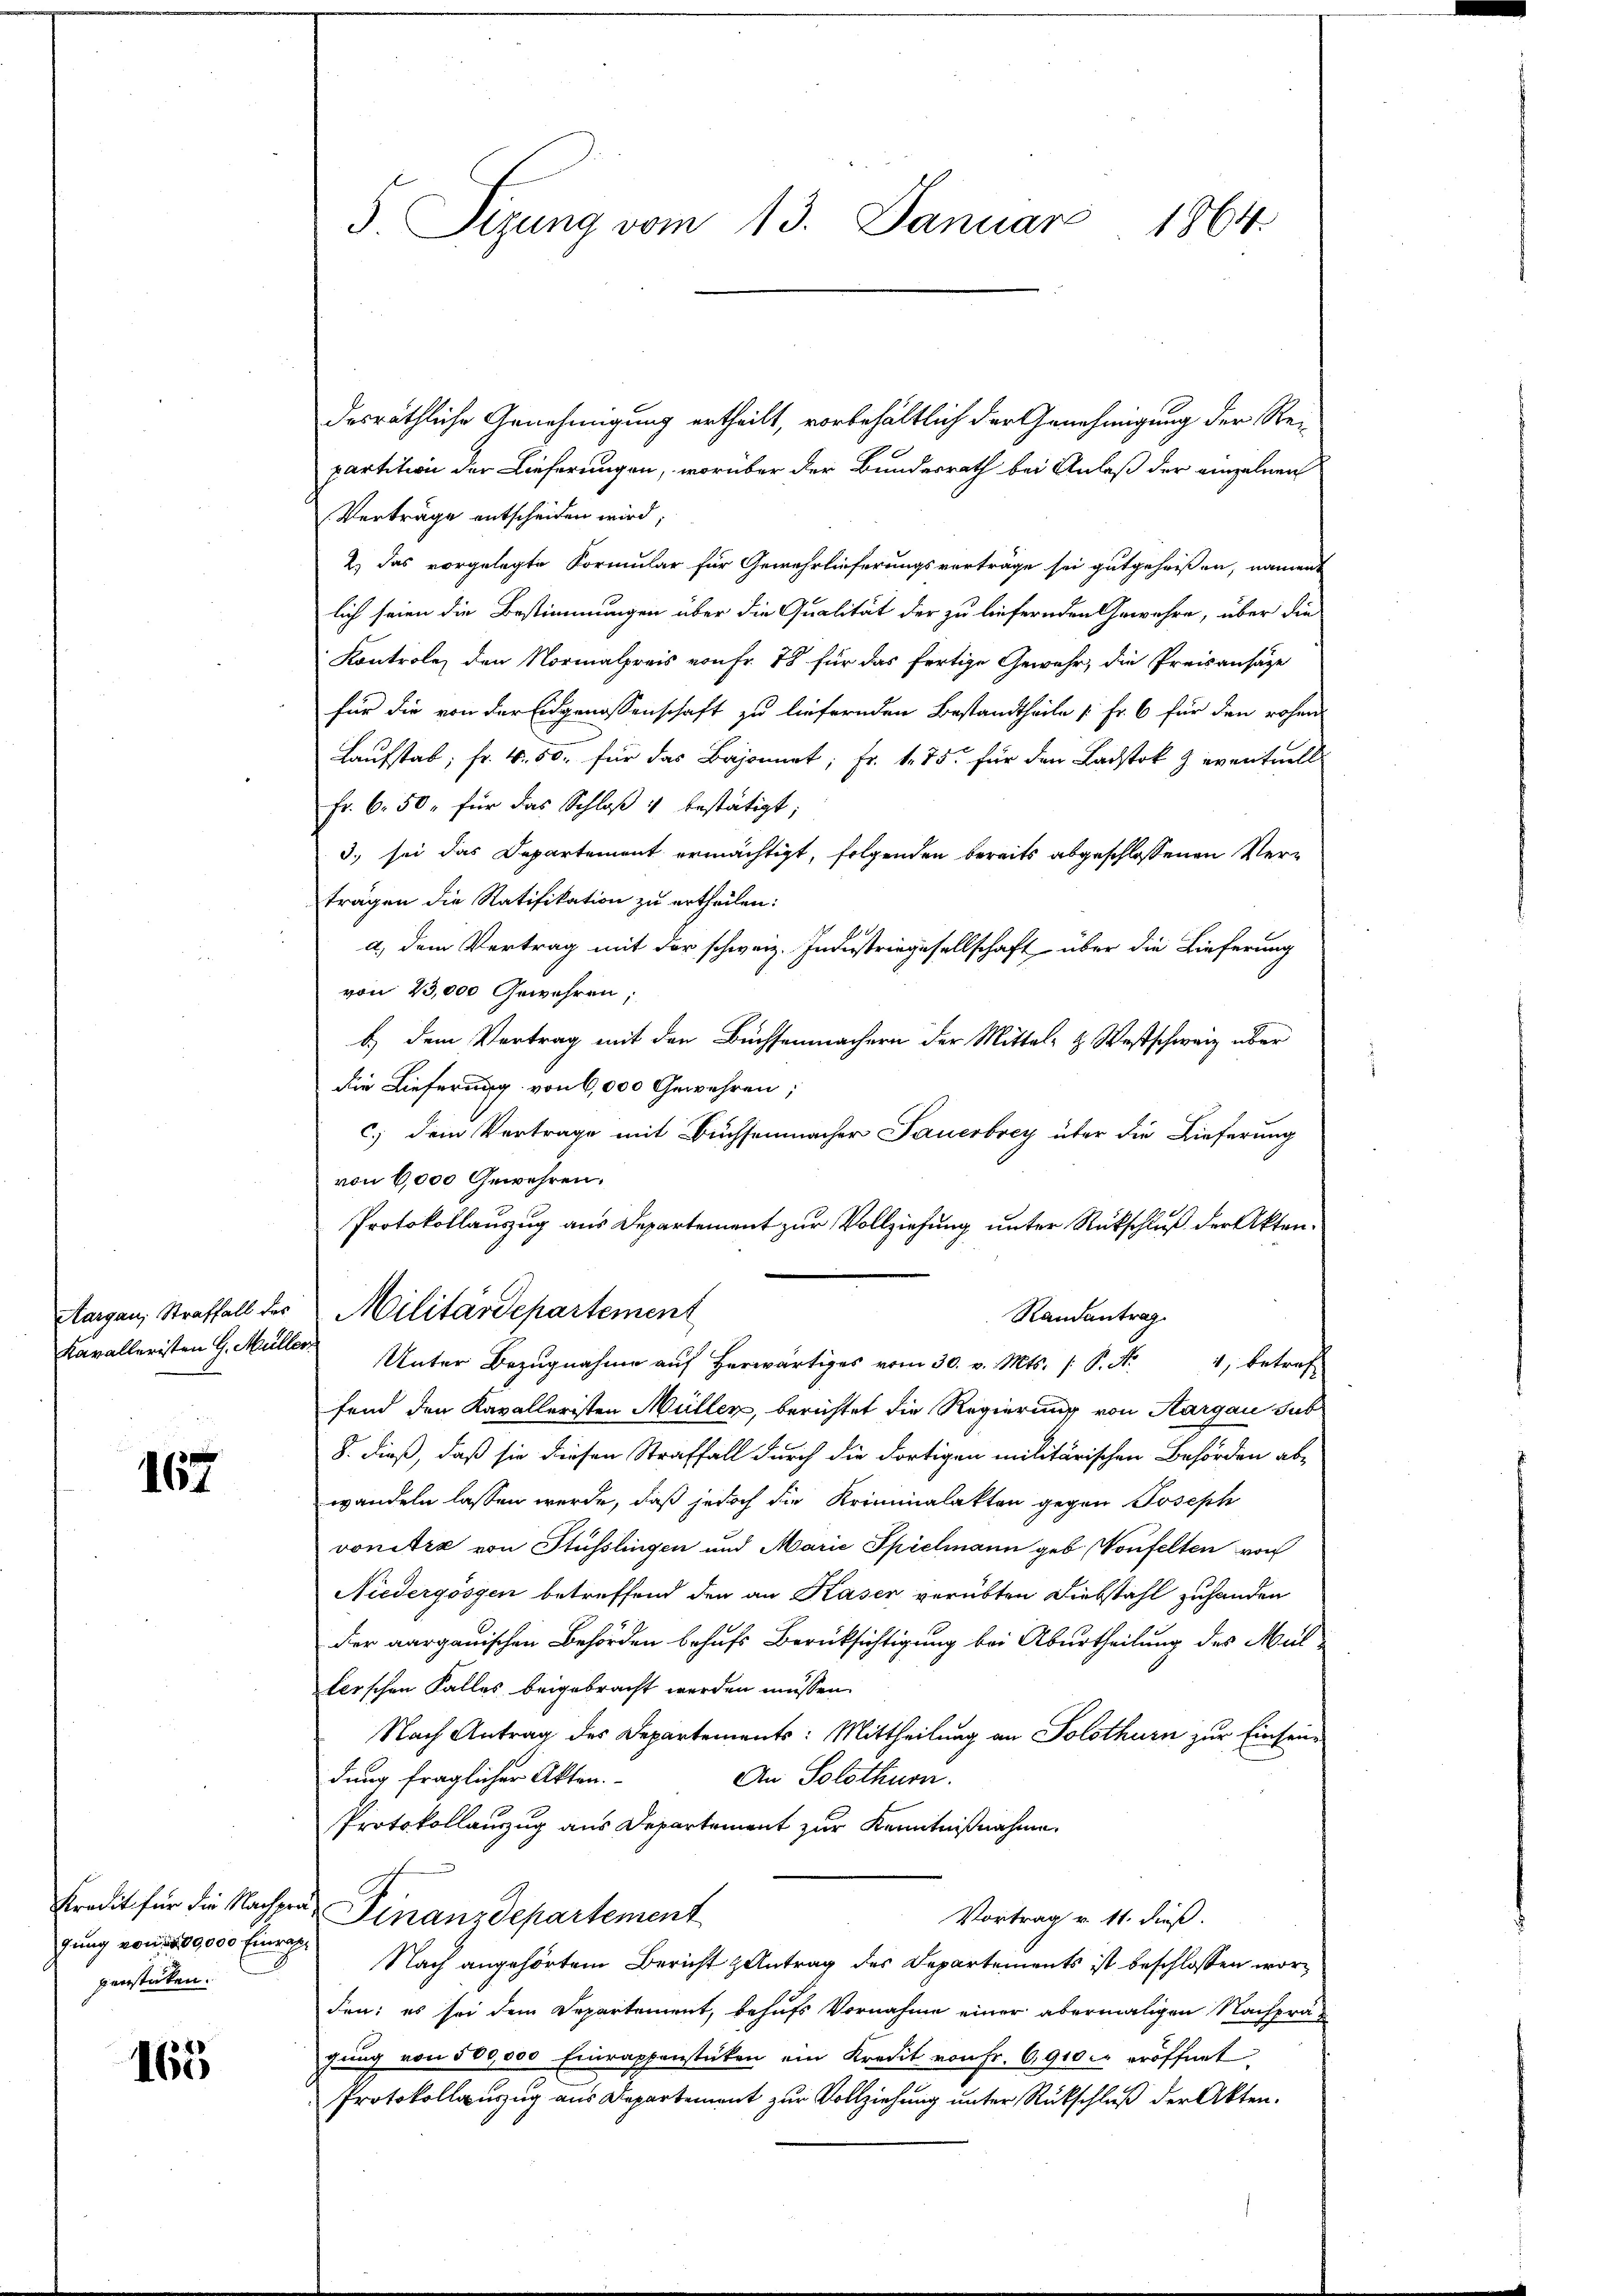
Aargau, Straffall des
Kavalleristen G. Mülle

167

Kredit für die Nachpragung von 200,000 Einrat
penstaten.

165

5 Sizung vom 13. Damiar
1864.

desräthliche Genehmigung ertheilt, vorbehältlich der Genehmigung der Re-
partition der Lieferungen, worüber der Bundesrath bei Anlaß der einzelnen
Verträge entscheiden wird;
2.) Das vorgelegte Formular für Gewehrlieferungsverträge sei gutgeheißen, nament
lich seien die Bestimmungen über die Qualität der zu liefernden Gewehre, über die
Kontrole den Normalpreis von Fr. 78 für das fertige Gewehr, die Preisansätze
für die von der Eidgenossenschaft zu liefernden Bestandtheile [Fr. 6 für den rohen
Laufstab; fr. 4. 50. für das Bajonnet; Fr. 175. für den Ladstok Zeventuell
Fr. 6. 50, für das Schloß 4 bestätigt;
3. sei das Departement ermächtigt, folgenden bereits abgeschlossenen Verträgen die Ratifikation zu ertheilen:
a) dem Vertrag mit der schweiz. Industriegesellschaft über die Lieferung
von 23,000 Gewehren
b.) dem Vertrag mit den Büchsenmachern der Mittel- & Westschweiz über
die Lieferung von 6,000 Gewehren;
c.) dem Vertrage mit Buchsenmacher Sauerbrey über die Lieferung
von 6,000 Gewehren.
Protokollauszug aus Departement zur Vollziehung unter Rückschluß der Akten¬
Militärdepartement
Randantrag
Unter Bezugnahme auf herwärtiges vom 30. v. Mts. /: P. R.
1, betref
fend den Kavalleristen Müller, berichtet die Regierung von Aargau sub
8. dieß, daß sie diesen Straffall durch die dortigen militärischen Behörden ab-
wandeln lassen werde, daß jedoch die Kriminalakten gegen Joseph
vonitre von Stüsslingen und Marie Spielmann geb. (Vonfelten von
Niedergossen betreffend den an Kaser verübten Diebstahl zuhanden
der aargauischen Behörden behufs Berücksichtigung bei Aburtheilung des Müllerschen Falles beigebracht werden müssen.
Nach Antrag des Departements: Mittheilung an Solothurn zur Einsen-
dung fraglicher Akten.
An Solothurn.
Protokollauszug aus Departement zur Kenntnißnahme.
Finanzdepartement
Vortrag v. 11. dieß.
 Nach angehörtem Bericht Antrag des Departements ist beschlossen worden: es sei dem Departement, behufs Vornahme einer abermaligen Nachprägung von 500,000 Einrappenstücken ein Kredit von Fr. 6910 c eröffnet,
Protokollauszug aus Departement zur Vollziehung unter Rückschluß der Akten.